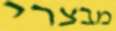
מבצרי